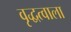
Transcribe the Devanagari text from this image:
वृद्धत्वाला